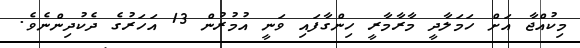
މިކުއްޖާ އަށް ހަމަލާދީ މާރާމާރީ ހިންގާފައި ވަނީ އުމުރުން 13 އަހަރުގެ ދެކުދިންނެވެ.